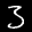
Label: 3